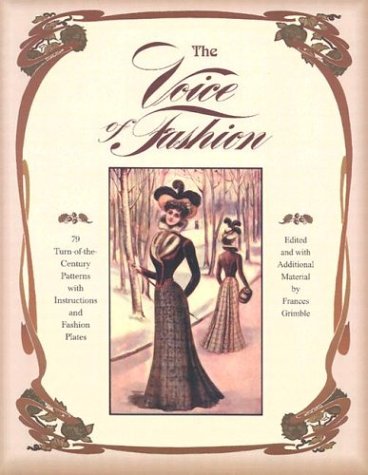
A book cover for The Voice of Fashion: 79 Turn-of-the-Century Patterns with Instructions and Fashion Plates; Crafts, Hobbies & Home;